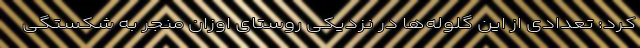
کرد: تعدادی از این گلوله‌ها در نزدیکی روستای اوزان منجر به شکستگی